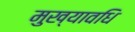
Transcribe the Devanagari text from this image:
मुख्यावधि